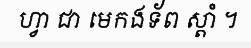
ហ្វា ជា មេកងទ័ព ស្តាំ ។